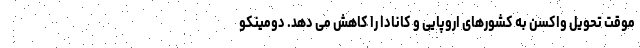
موقت تحویل واکسن به کشورهای اروپایی و کانادا را کاهش می دهد. دومینکو